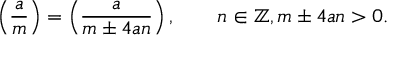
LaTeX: \left( { \frac { a } { m } } \right) = \left( { \frac { a } { m \pm 4 a n } } \right) , \qquad n \in \mathbb { Z } , m \pm 4 a n > 0 .